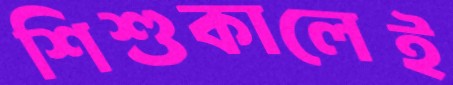
শিশুকালেই